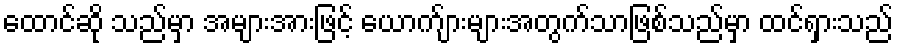
ထောင်ဆို သည်မှာ အများအားဖြင့် ယောက်ျားများအတွက်သာဖြစ်သည်မှာ ထင်ရှားသည်